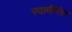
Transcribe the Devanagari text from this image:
स्वामींनंतर